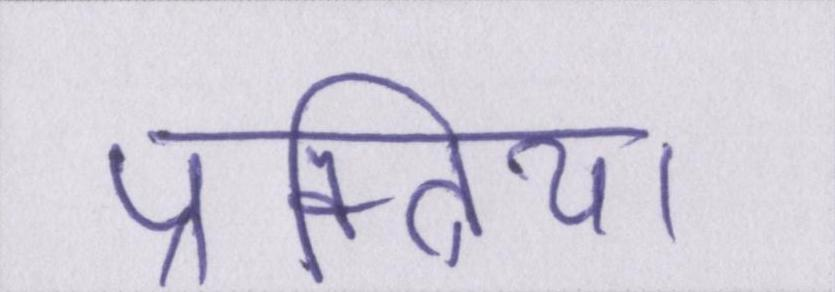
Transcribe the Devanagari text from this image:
प्रक्त्रिया